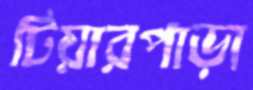
টিয়ারপাড়া